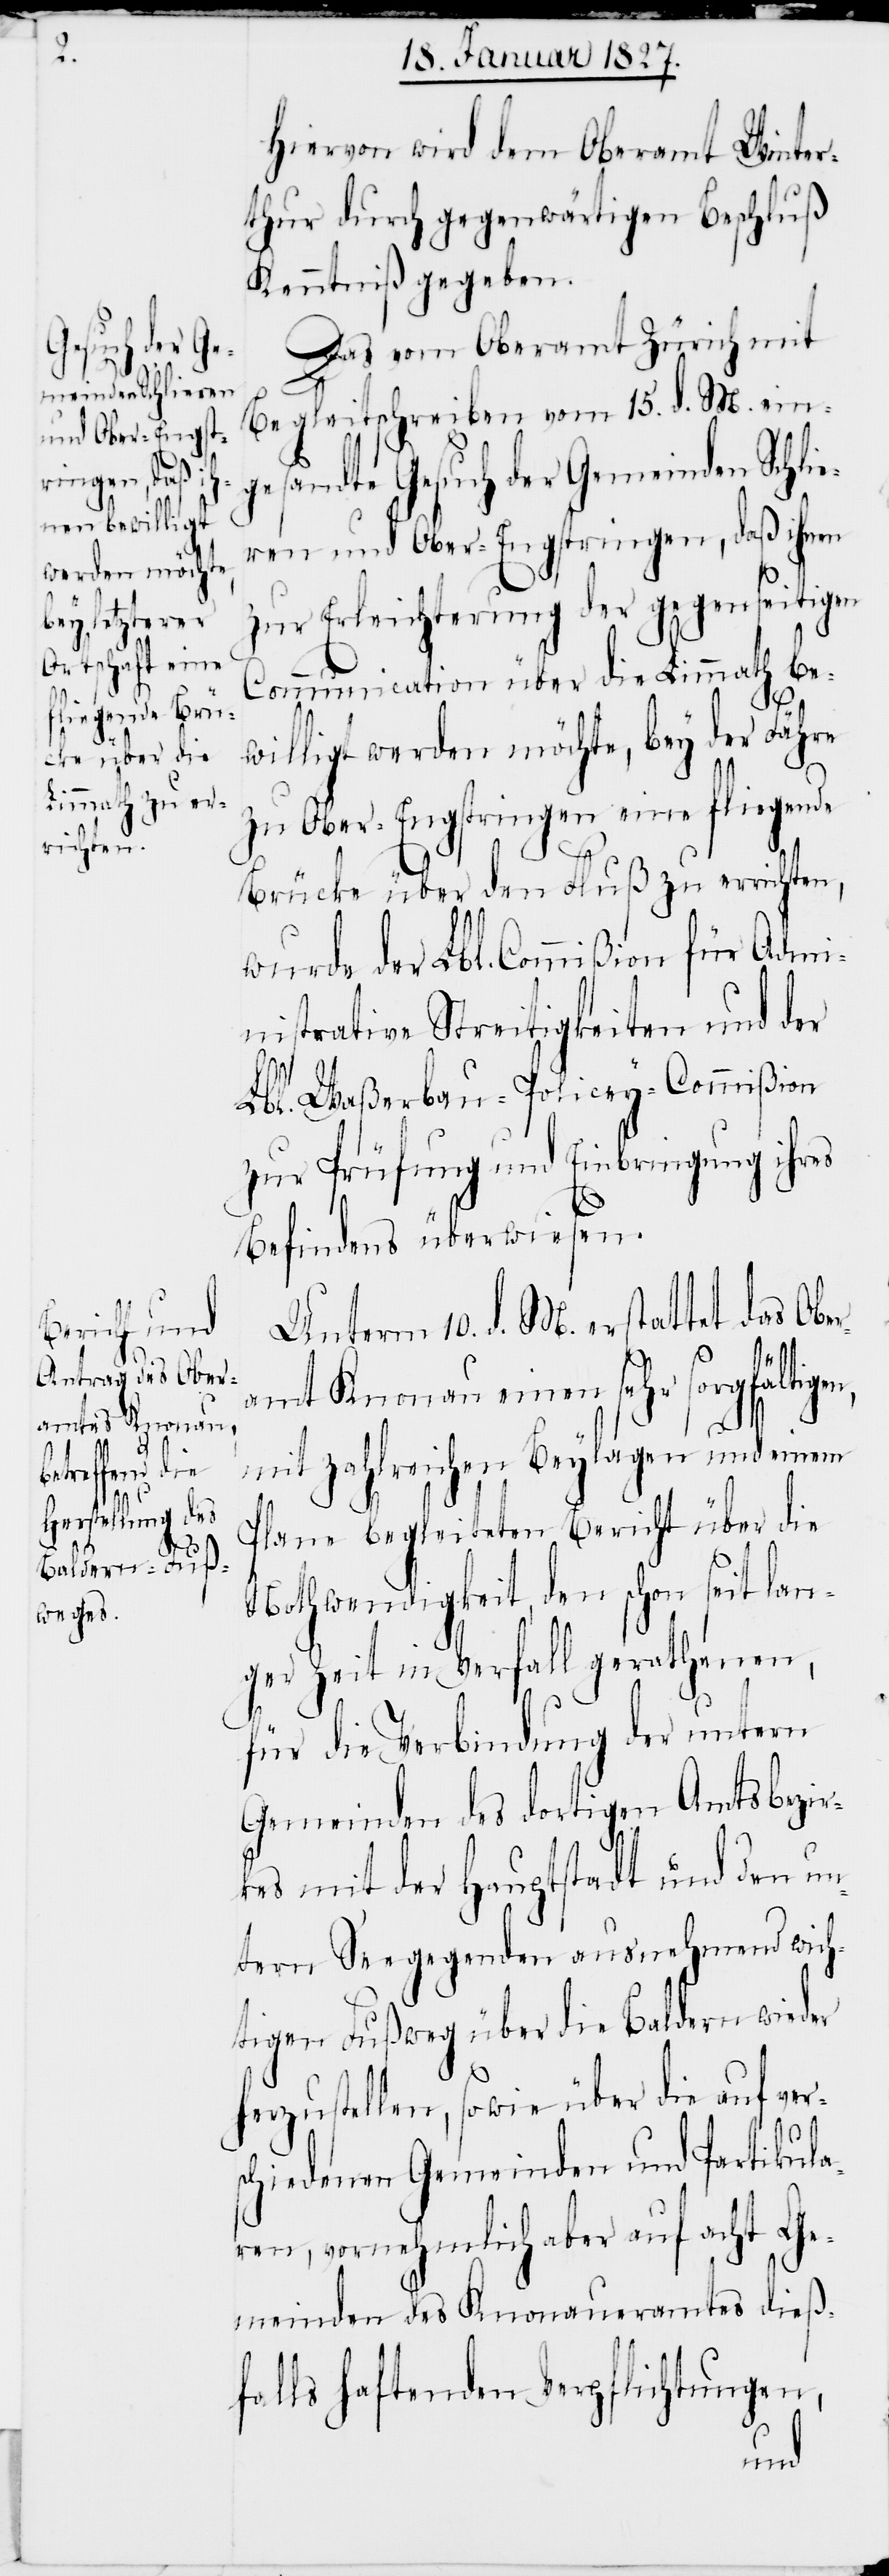
Hiervon wird dem Oberamt Winter¬
thur durch gegenwärtigen Beschluß
Kenntniß gegeben.
Das vom Oberamt Zürich mit
Begleitschreiben vom 15. d. M. ein¬
gesandte Gesuch der Gemeinden Schlie¬
ren und Ober-Engstringen, daß ihnen
zur Erleichterung der gegenseitigen
Communication über die Limmath be¬
willigt werden möchte, bey der Fähre
zu Ober-Engstringen eine fliegende
Brücke über den Fluß zu errichten,
wurde der Lbl. Commißion für Admi¬
nistrative Streitigkeiten und der
Lbl. Waßerbau-Policey-Commißion
zur Prüfung und Einbringung ihres
Befindens überwiesen.
Unterm 10. d. M. erstattet das Obe¬
r¬
amt Knonau einen sehr sorgfältigen,
mit zahlreichen Beylagen und einem
Plane begleiteten Bericht über die
Nothwendigkeit, den schon seit lan¬
ger Zeit in Verfall gerathenen,
für die Verbindung der untern
Gemeinden des dortigen Amtsbezir¬
kes mit der Hauptstadt und den un¬
tern Seegegenden ausnehmend wich¬
tigen Fußweg über die Baldern wieder
herzustellen, sowie über die auf ver¬
schiedenen Gemeinden und Partikula¬
ren, vornehmlich aber auf acht Ge¬
meinden des Knonaueramtes dieß¬
falls haftenden Verpflichtungen,